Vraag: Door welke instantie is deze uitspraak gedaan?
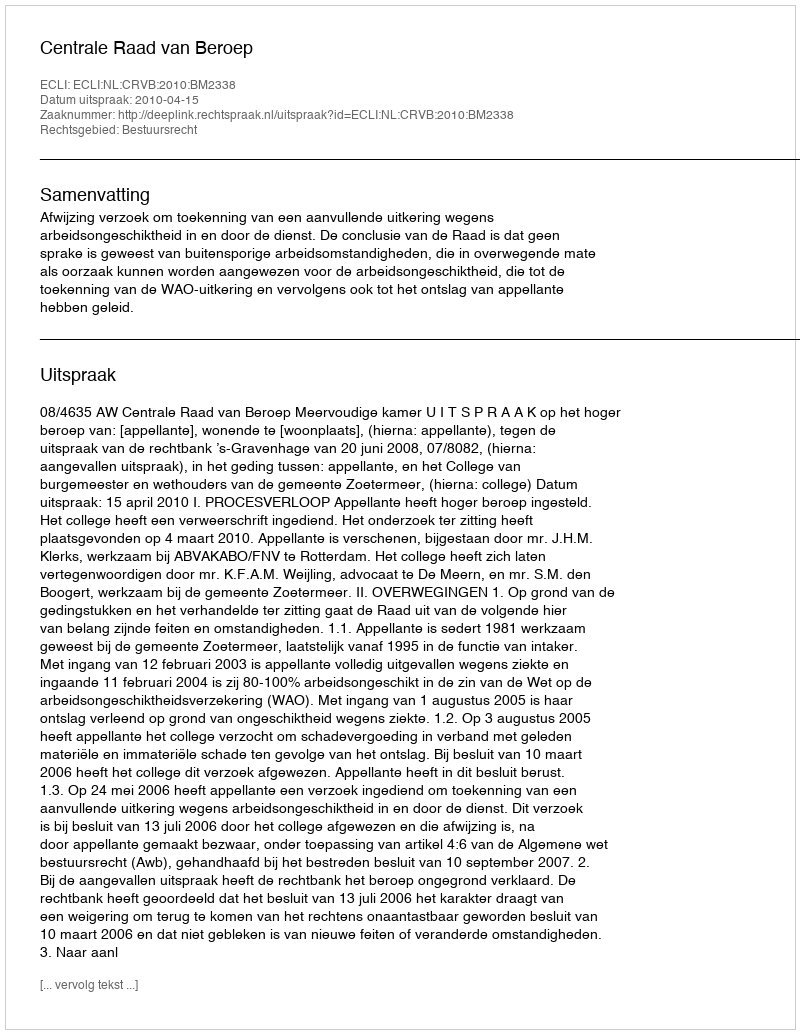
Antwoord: Centrale Raad van Beroep